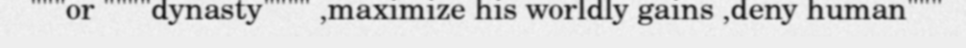
"""or """"dynasty"""" ,maximize his worldly gains ,deny human"""